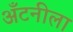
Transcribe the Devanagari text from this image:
अँटनीला